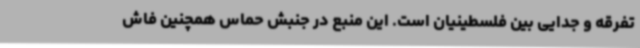
تفرقه و جدایی بین فلسطینیان است. این منبع در جنبش حماس همچنین فاش